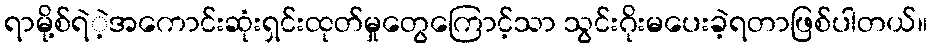
ရာမို့စ်ရဲဲ့အကောင်းဆုံးရှင်းထုတ်မှုတွေကြောင့်သာ သွင်းဂိုးမပေးခဲ့ရတာဖြစ်ပါတယ်။